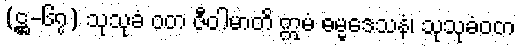
(ဋ္ဌ-၆၇) သုသုခံ ဝတ ဇီဝါမာတိ ဣမံ ဓမ္မဒေသနံ၊ သုသုခံဝတ